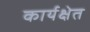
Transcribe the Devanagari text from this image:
कार्यक्षेत